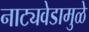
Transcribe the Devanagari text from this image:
नाट्यवेडामुळे